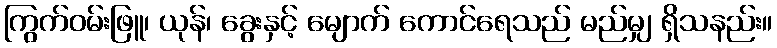
ကြွက်ဝမ်းဖြူ၊ ယုန်၊ ခွေးနှင့် မျောက် ကောင်ရေသည် မည်မျှ ရှိသနည်း။